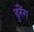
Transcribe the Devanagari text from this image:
डुरैंग